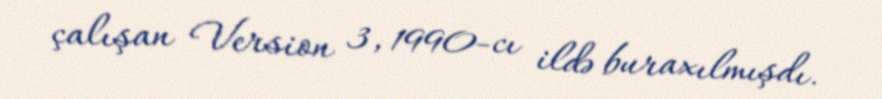
çalışan Version 3, 1990-cı ildə buraxılmışdı.